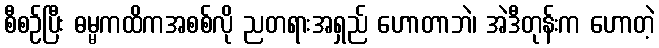
စီစဉ်ပြီး ဓမ္မကထိကအစစ်လို ညတရားအရှည် ဟောတာဘဲ၊ အဲဒီတုန်းက ဟောတဲ့